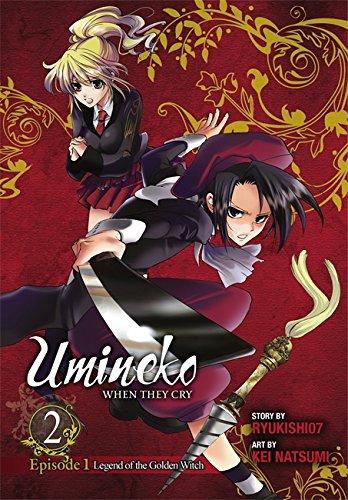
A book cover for Umineko When They Cry, Episode 1: Legend of the Golden Witch, Vol. 2; Comics & Graphic Novels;